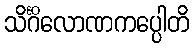
သိင်္ဂိလောဏကပ္ပေါတိ